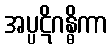
အပ္ပဋိဂန္ဓိကာ